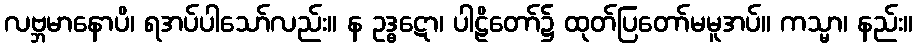
လဗ္ဘမာနောပိ၊ ရအပ်ပါသော်လည်း။ န ဥဒ္ဓဋော၊ ပါဠိတော်၌ ထုတ်ပြတော်မမူအပ်။ ကသ္မာ၊ နည်း။